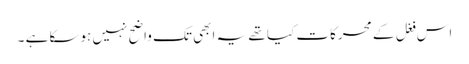
اس فغل کے محرکات کیا تھے یہ ابھی تک واضح نہیں ہوسکا ہے ۔